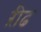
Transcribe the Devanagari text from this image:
ऱीढ